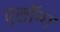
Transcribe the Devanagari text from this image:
एलॉन्ग